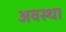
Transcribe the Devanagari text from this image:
अवस्‍था